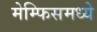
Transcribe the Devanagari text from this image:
मेम्फिसमध्ये